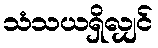
သံသယရှိလျှင်